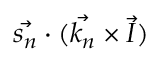
\vec { s _ { n } } \cdot ( \vec { k _ { n } } \times \vec { I } )